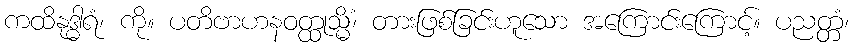
ကထိနုဒ္ဓါရံ၊ ကို။ ပတိဗာဟနဝတ္ထုသ္မိံ၊ တားဖြစ်ခြင်းဟူသော အကြောင်းကြောင့်။ ပညတ္တံ၊